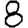
Digit: 8